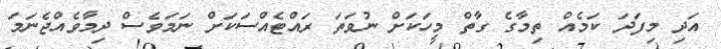
އަދި މިފަދަ ކަމެއް ތިމާގެ ގާތް މީހަކަށް ނުވަތަ ރައްޓެއްސަކަށް ނަމަވެސް ދިމާވެއްޖެނަމަ